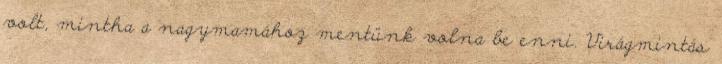
volt, mintha a nagymamához mentünk volna be enni. Virágmintás